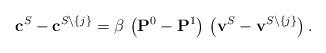
LaTeX: \begin{align*}\mathbf{c}^{S} - \mathbf{c}^{S \setminus \{j\}} = \beta \, \left(\mathbf{P}^0 - \mathbf{P}^1\right) \,\left(\mathbf{v}^{S} - \mathbf{v}^{S \setminus \{j\}}\right).\end{align*}